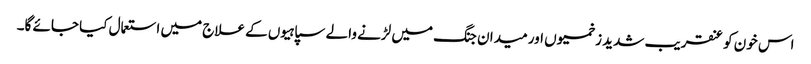
اس خون کو عنقریب شدید زخمیوں اور میدان جنگ میں لڑنے والے سپاہیوں کے علاج میں استعمال کیا جائے گا۔